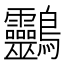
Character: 䴒